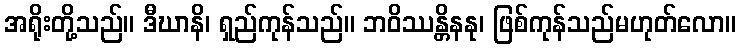
အရိုးတို့သည်။ ဒီဃာနိ၊ ရှည်ကုန်သည်။ ဘဝိဿန္တိနနု၊ ဖြစ်ကုန်သည်မဟုတ်လော။